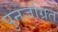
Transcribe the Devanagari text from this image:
पुनर्जाग्रत